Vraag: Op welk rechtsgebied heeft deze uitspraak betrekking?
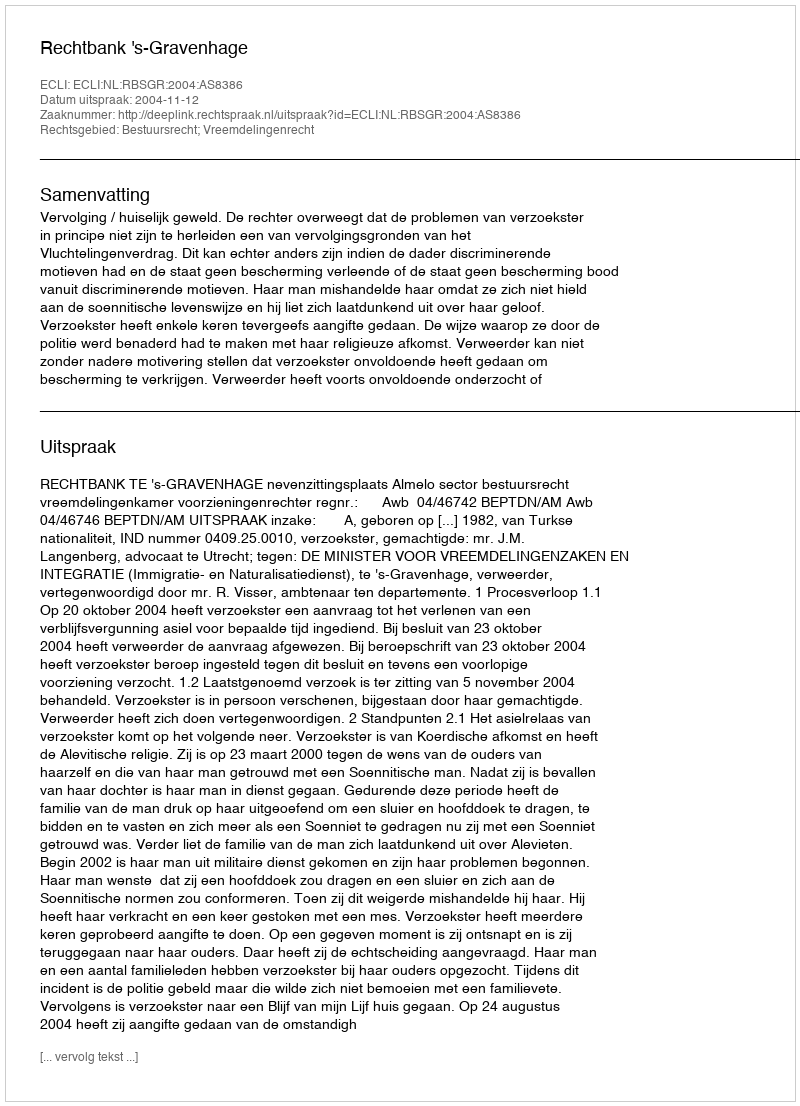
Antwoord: Bestuursrecht; Vreemdelingenrecht